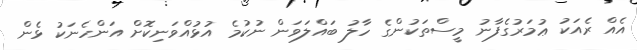
އެއް ރެއަކު ޢުމަރުގެފާނު މީސްތަކުންގެ ހާލު ބައްލަވަން ނުކުމެ އުޅުއްވަނިކޮށް އަންހެނަކު ޅެން